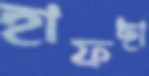
হাফছা